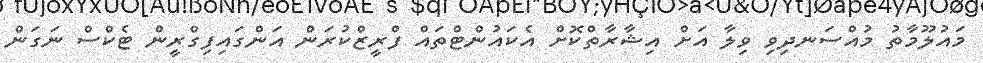
މައުލޫމާތު މުއްސަނދިވި ވިލާ އަށް އިޝާރާތްކޮށް އެކައުންޓްތައް ފްރީޒްކުރަން އަންގައިފިގްރީން ޓެކްސް ނަގަން